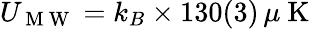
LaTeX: U_{\mathrm{~M~W~}}=k_{B}\times 130(3)\, \mu\mathrm{~K~}